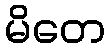
မိတေ